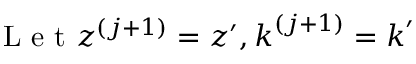
\mathrm { ~ L ~ e ~ t ~ } \boldsymbol { z } ^ { ( j + 1 ) } = \boldsymbol { z } ^ { \prime } , \boldsymbol { k } ^ { ( j + 1 ) } = \boldsymbol { k } ^ { \prime }